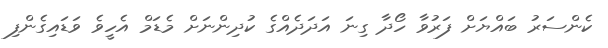
ކެންސަރު ބައްޔަށް ފަރުވާ ހޯދާ ގިނަ އަދަދެއްގެ ކުދިންނަށް މެޑަމް އެހީވެ ވަޑައިގެންފި